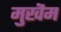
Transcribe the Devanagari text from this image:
मुखॆम